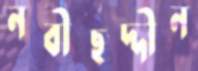
নবীছদ্দীন